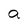
Character: a